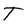
Character: T